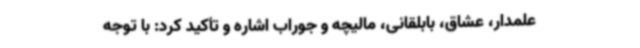
علمدار، عشاق، بابلقانی، مالیچه و جوراب اشاره و تأکید کرد: با توجه